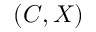
( C , X )